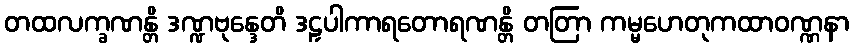
တထလက္ခဏန္တိ ဒဏ္ဍဗုန္ဒေတိ ဒဠှပါကာရတောရဏန္တိ တတြာ ကမ္မဟေတုကထာဝဏ္ဏနာ